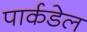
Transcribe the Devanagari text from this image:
पार्कडेल